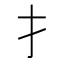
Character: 扌